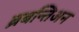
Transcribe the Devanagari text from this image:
ब्रबन्तिअन